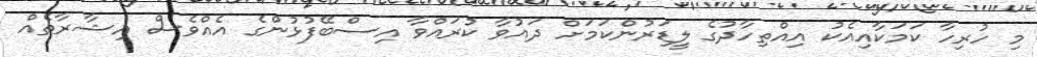
މި ހުރިހާ ކަމަކާއިއެކު އިއްތިހާދުގެ ލީޑަރުންކަމަށް ދައުވާ ކުރައްވާ އިސްބޭފުޅުންގެ އެއްވެސް އިޝާރާތެއް